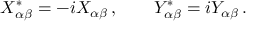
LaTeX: X _ { \alpha \beta } ^ { \ast } = - i X _ { \alpha \beta } \, , \qquad Y _ { \alpha \beta } ^ { \ast } = i Y _ { \alpha \beta } \, .